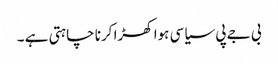
بی جے پی سیاسی ہوا کھڑا کرنا چاہتی ہے ۔